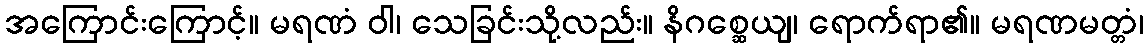
အကြောင်းကြောင့်။ မရဏံ ဝါ၊ သေခြင်းသို့လည်း။ နိဂစ္ဆေယျ၊ ရောက်ရာ၏။ မရဏမတ္တံ၊